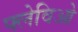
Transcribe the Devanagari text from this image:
फ्लेविओ